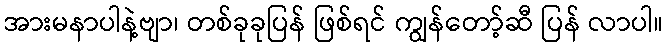
အားမနာပါနဲ့ဗျာ၊ တစ်ခုခုပြန် ဖြစ်ရင် ကျွန်တော့်ဆီ ပြန် လာပါ။